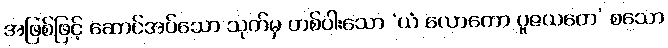
အဖြစ်ဖြင့် ဆောင်အပ်သော သုတ်မှ တစ်ပါးသော ‘ယံ လောကော ပူဇယတေ’ စသော